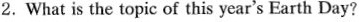
2.What is the topic of this year's Earth Day?